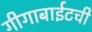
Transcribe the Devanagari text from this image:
गीगाबाईटची